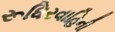
રૂધિરવાહિની